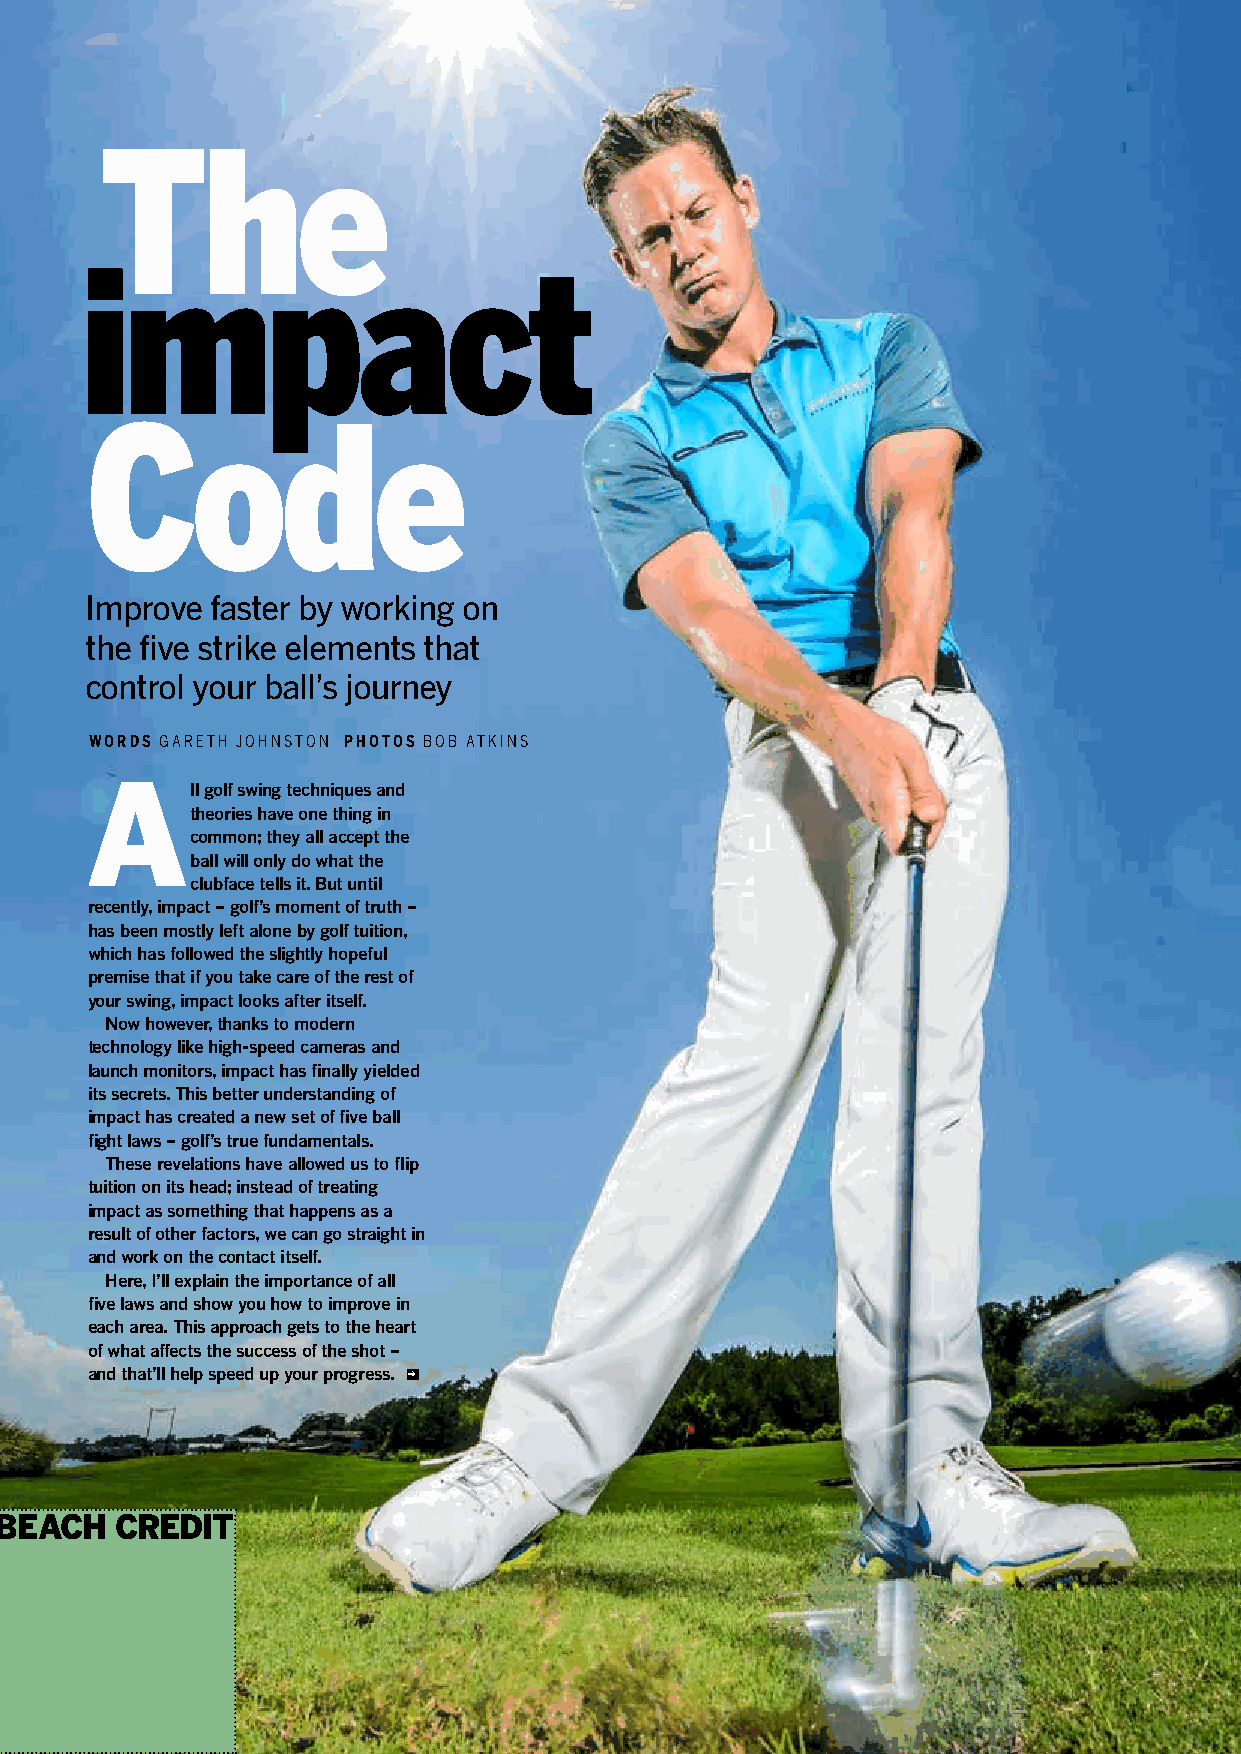
The
 impact
 Code
 Improve faster by working on
 the five strike elements that
 control your ball’s journey
 WORDS Gareth Johnston PHOTOS BoB atkins
 A
 ll golf swing techniques and
 theories have one thing in
 common; they all accept the
 ball will only do what the
 clubface tells it. But until
 recently, impact – golf’s moment of truth –
 has been mostly left alone by golf tuition,
 which has followed the slightly hopeful
 premise that if you take care of the rest of
 your swing, impact looks after itself.
 Now however, thanks to modern
 technology like high-speed cameras and
 launch monitors, impact has finally yielded
 its secrets. This better understanding of
 impact has created a new set of five ball
 fight laws – golf’s true fundamentals.
 These revelations have allowed us to flip
 tuition on its head; instead of treating
 impact as something that happens as a
 result of other factors, we can go straight in
 and work on the contact itself.
 Here, i’ll explain the importance of all
 five laws and show you how to improve in
 each area. This approach gets to the heart
 of what affects the success of the shot –
 and that’ll help speed up your progress. ➔
 Myrtle BeAch credit
 Todaysgolfer.co.uk issue 327 65